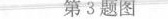
第3题图